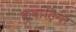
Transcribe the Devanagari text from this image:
क्वाड्रिगा